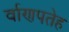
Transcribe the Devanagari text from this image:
र्वाणपतेह